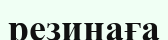
резинаға